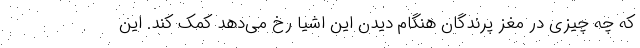
که چه چیزی در مغز پرندگان هنگام دیدن این اشیا رخ می‌دهد کمک کند. این